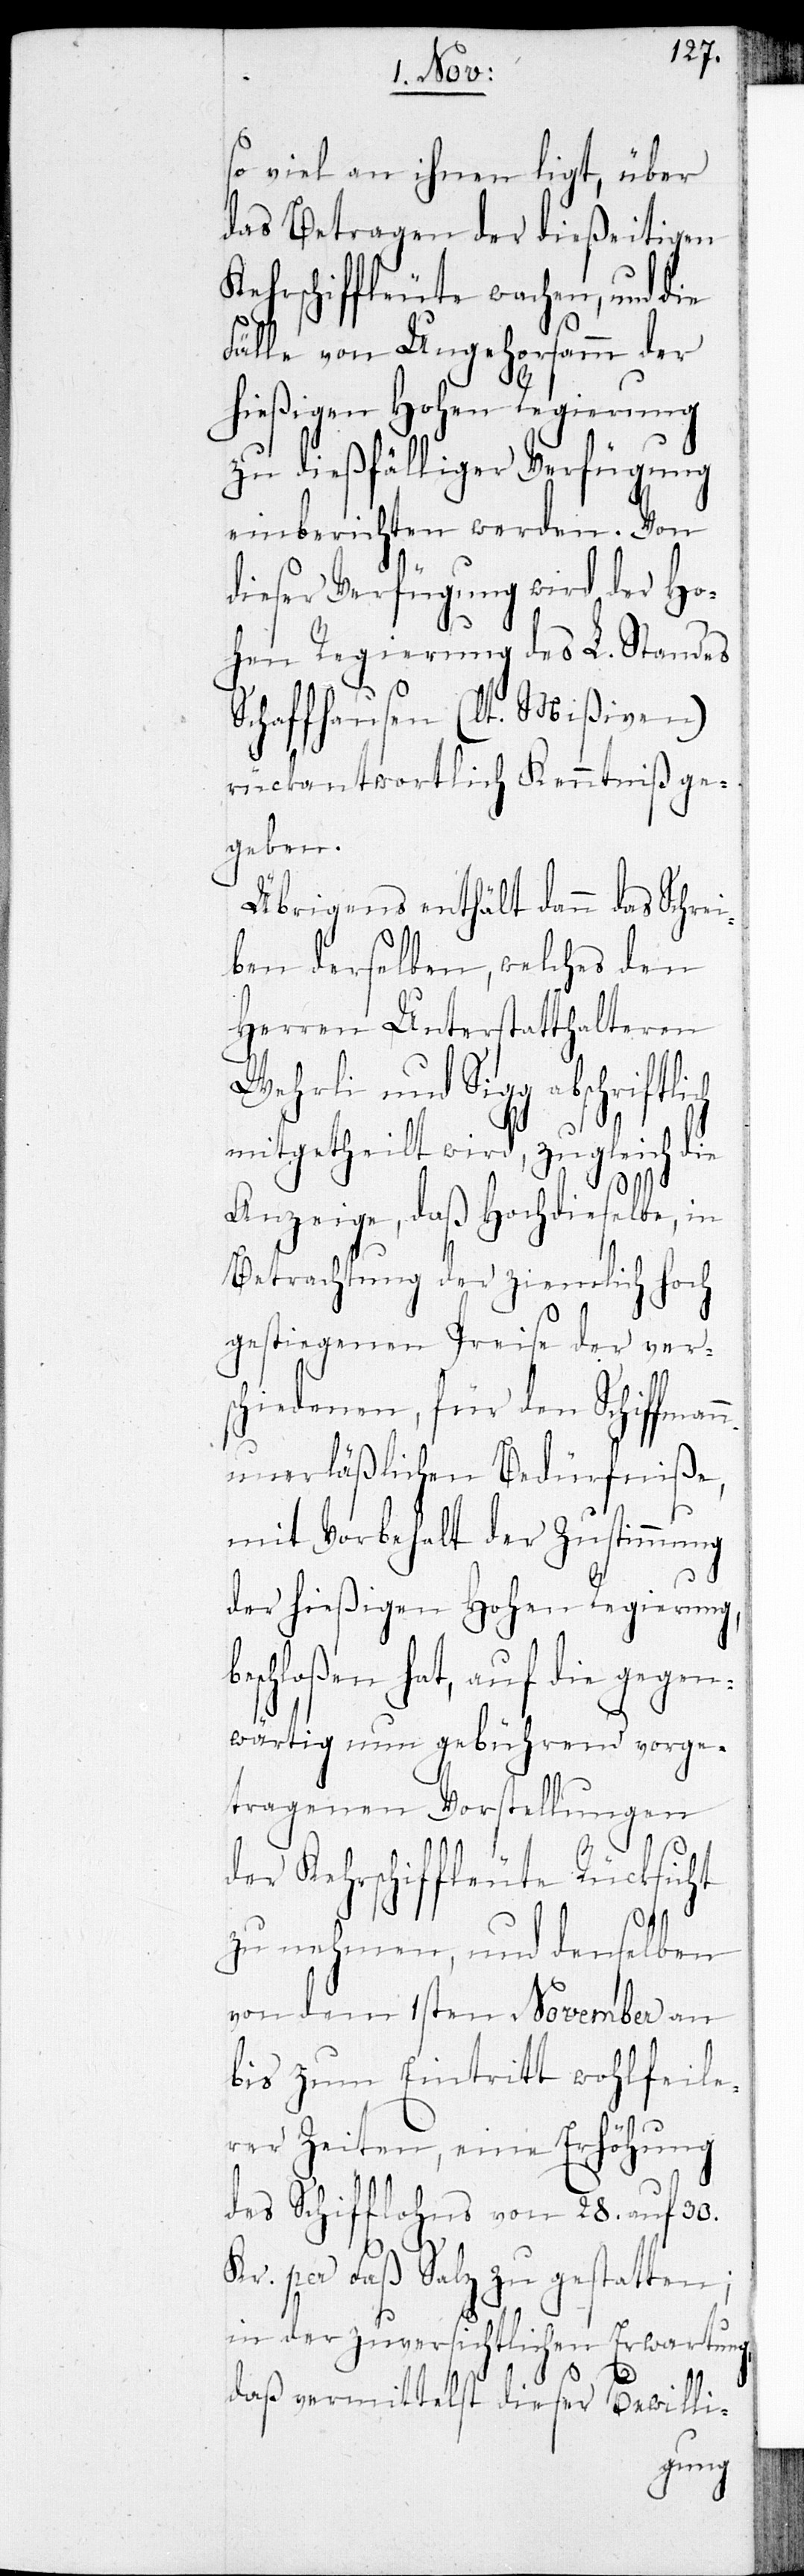
so viel an ihnen ligt, über
das Betragen der dießeitigen
Kehrschiffleute wachen, und die
Fälle von Ungehorsamm der
hießigen Hohen Regierung
zu dießfälliger Verfügung
einberichten werden. Von
dieser Verfügung wird der Ho¬
hen Regierung des L. Standes
Schaffhausen (lt. Mißiven)
rückantwortlich Kenntniß ge¬
geben.
Übrigens enthält dann das Schrei¬
ben derselben, welches den
Herren Unterstatthalteren
gg abschriftlich
mitgetheilt wird, zugleich die
be¬
Anzeige, daß Hochdieselbe, in
Betrachtung der ziemlich hoch
gestiegenen Preise der ver¬
schiedenen, für den Schiffman¬
n unerläßlichen Bedürfniße,
mit Vorbehalt der Zustimmung
der hießigen Hohen Regierung,
schloßen hat, auf die gegen¬
wärtig nun gebührend vorge¬
tragenen Vorstellungen
der Kehrschiffleute Rücksicht
zu nehmen, und denselben
von dem 1sten November an
bis zum Eintritt wohlfeile¬
rer Zeiten, eine Erhöhung
des Schifflohns von 28. auf 30.
Kr. per Faß Salz zu gestatten;
in der zuversichtlichen Erwartung,
daß vermittelst dieser Bewilli-